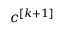
c ^ { [ k + 1 ] }